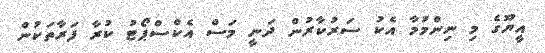
އީޔޫގެ މި ނިންމުމާ އެކު ސަރުކާރުން ދަނީީ މަސް އެކްސްޕޯޓު ކުރާ ފަރާތަކުން